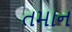
તમાન